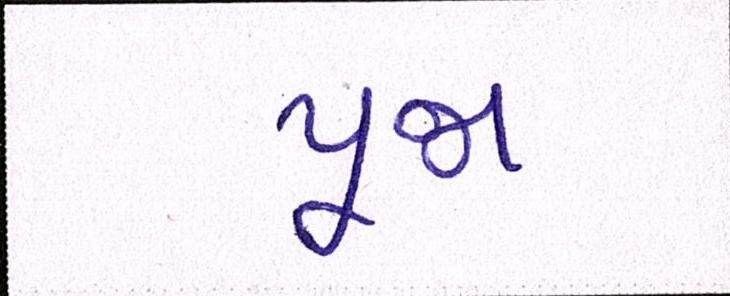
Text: પૂજા